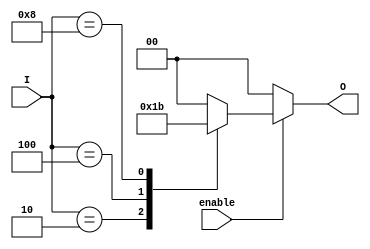
module one_of_n_encoder #(
    parameter N = 4  // Number of inputs
) (
    input wire enable,            // Enable signal
    input wire [N-1:0] I,        // Input lines
    output reg [$clog2(N)-1:0] O // Output lines (binary representation)
);

    always @(*) begin
        if (!enable) begin
            O = 'b0; // Output is zero when not enabled
        end else begin
            case (I)
                4'b0001: O = 2'b00; // I[0] is high
                4'b0010: O = 2'b01; // I[1] is high
                4'b0100: O = 2'b10; // I[2] is high
                4'b1000: O = 2'b11; // I[3] is high
                default: O = 'b00;   // Invalid state (multiple or no inputs high)
            endcase
        end
    end

endmodule